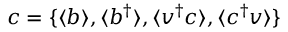
\boldsymbol { c } = \{ \langle b \rangle , \langle b ^ { \dagger } \rangle , \langle v ^ { \dagger } c \rangle , \langle c ^ { \dagger } v \rangle \}